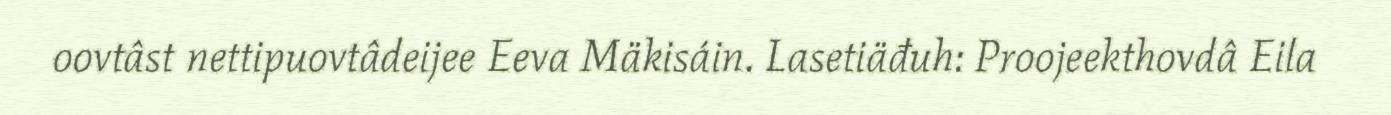
oovtâst nettipuovtâdeijee Eeva Mäkisáin. Lasetiäđuh: Proojeekthovdâ Eila